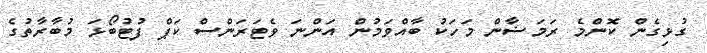
ގުޅިގެން ކޮންމެ ރަމަޟާން މަހަކު ބާއްވަމުން އަންނަ ވެޓަރަންސް ކަޕް ފުޓުބޯޅަ މުބާރާތުގެ